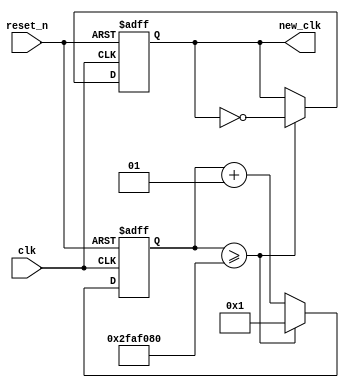
module watchmaker(new_clk, clk, reset_n);

output reg new_clk;
input clk, reset_n;

parameter RATIO = 100_000_000,  // V10 = 10MHz
          HALF_RATIO = RATIO / 2;

integer counter;

always @(posedge clk, negedge reset_n) begin
    if (~reset_n) begin
        counter <= 1;
        new_clk <= 0;
    end else if (counter >= HALF_RATIO) begin
        counter <= 1;
        new_clk <= ~new_clk;
    end else begin
        counter <= counter + 1;
    end
end

endmodule